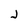
Character: j